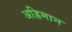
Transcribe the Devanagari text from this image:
अह्रिमान